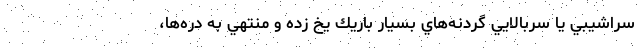
سراشيبي يا سربالايي گردنه‌هاي بسيار باريك يخ زده و منتهي به دره‌ها،